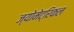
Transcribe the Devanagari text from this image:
ज्योमेट्रिकल